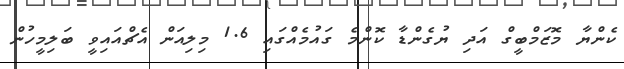
ކެންޔާ މޮޒަމްބީގް އަދި ޔުގެންޑާ ކޮންމެ ގައުމެއްގައި 1.6 މިލިއަން އެޗްއައިވީ ބަލިމީހުން